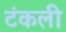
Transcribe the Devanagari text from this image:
टंकली